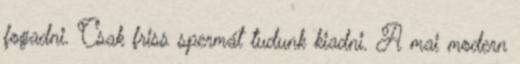
fogadni. Csak friss spermát tudunk kiadni. A mai modern